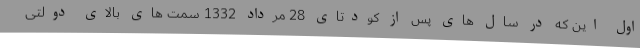
اول این که در سال های پس از کودتای 28 مرداد 1332 سمت های بالای دولتی